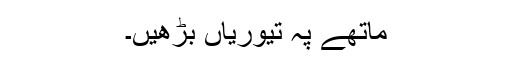
ماتھے پہ تیوریاں بڑھیں۔